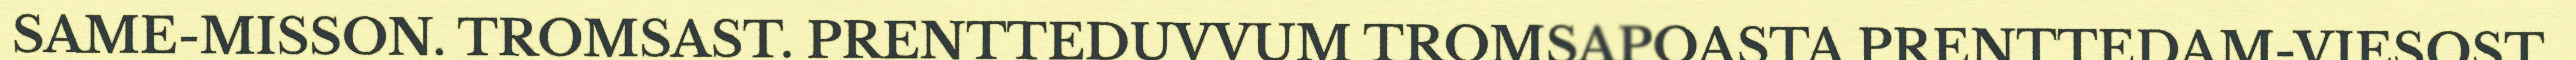
SAME-MISSON. TROMSAST. PRENTTEDUVVUM TROMSAPOASTA PRENTTEDAM-VIESOST.